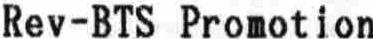
REV-BTS PROMOTION